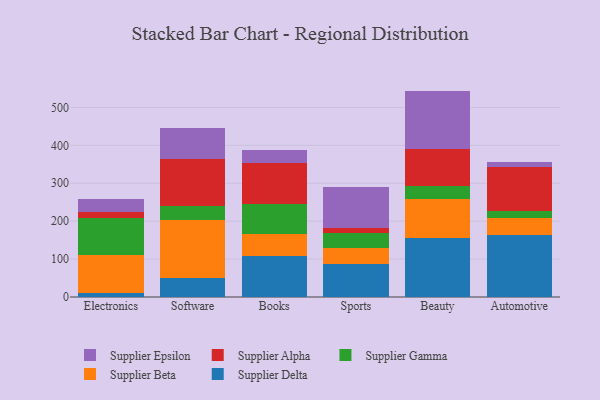
{"axis": {"x": "Category", "y": "Net Income (USD K)"}, "legend": ["Supplier Alpha", "Supplier Beta", "Supplier Delta", "Supplier Epsilon", "Supplier Gamma"], "data": [{"x": "Electronics", "y": 11.7, "type": "Supplier Delta"}, {"x": "Electronics", "y": 99.6, "type": "Supplier Beta"}, {"x": "Electronics", "y": 96.0, "type": "Supplier Gamma"}, {"x": "Electronics", "y": 16.3, "type": "Supplier Alpha"}, {"x": "Electronics", "y": 35.8, "type": "Supplier Epsilon"}, {"x": "Software", "y": 51.2, "type": "Supplier Delta"}, {"x": "Software", "y": 151.5, "type": "Supplier Beta"}, {"x": "Software", "y": 38.1, "type": "Supplier Gamma"}, {"x": "Software", "y": 123.7, "type": "Supplier Alpha"}, {"x": "Software", "y": 82.1, "type": "Supplier Epsilon"}, {"x": "Books", "y": 108.1, "type": "Supplier Delta"}, {"x": "Books", "y": 57.1, "type": "Supplier Beta"}, {"x": "Books", "y": 80.6, "type": "Supplier Gamma"}, {"x": "Books", "y": 107.6, "type": "Supplier Alpha"}, {"x": "Books", "y": 34.8, "type": "Supplier Epsilon"}, {"x": "Sports", "y": 85.8, "type": "Supplier Delta"}, {"x": "Sports", "y": 42.5, "type": "Supplier Beta"}, {"x": "Sports", "y": 40.0, "type": "Supplier Gamma"}, {"x": "Sports", "y": 14.2, "type": "Supplier Alpha"}, {"x": "Sports", "y": 107.4, "type": "Supplier Epsilon"}, {"x": "Beauty", "y": 155.3, "type": "Supplier Delta"}, {"x": "Beauty", "y": 103.3, "type": "Supplier Beta"}, {"x": "Beauty", "y": 34.2, "type": "Supplier Gamma"}, {"x": "Beauty", "y": 98.2, "type": "Supplier Alpha"}, {"x": "Beauty", "y": 152.9, "type": "Supplier Epsilon"}, {"x": "Automotive", "y": 163.2, "type": "Supplier Delta"}, {"x": "Automotive", "y": 45.8, "type": "Supplier Beta"}, {"x": "Automotive", "y": 16.6, "type": "Supplier Gamma"}, {"x": "Automotive", "y": 118.1, "type": "Supplier Alpha"}, {"x": "Automotive", "y": 13.7, "type": "Supplier Epsilon"}]}